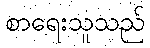
စာရေးသူသည်